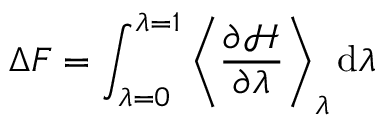
\Delta F = \int _ { \lambda = 0 } ^ { \lambda = 1 } \left\langle \frac { \partial \mathcal { H } } { \partial \lambda } \right\rangle _ { \lambda } \mathrm { d } \lambda